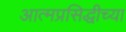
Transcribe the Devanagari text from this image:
आत्मप्रसिद्धीच्या